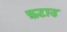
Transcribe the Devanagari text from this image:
फ़टाउ